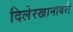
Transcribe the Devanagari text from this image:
दिलेरखानावरी